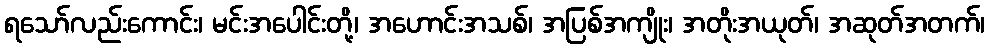
ရသော်လည်းကောင်း၊ မင်းအပေါင်းတို့၊ အဟောင်းအသစ်၊ အပြစ်အကျိုး၊ အတိုးအယုတ်၊ အဆုတ်အတက်၊